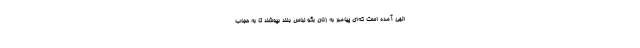
الهی آمده است که‌ای پیامبر به زنان بگو لباس بلند بپوشند تا به حجاب